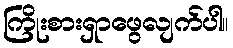
ကြိုးစားရှာဖွေလျက်ပါ။